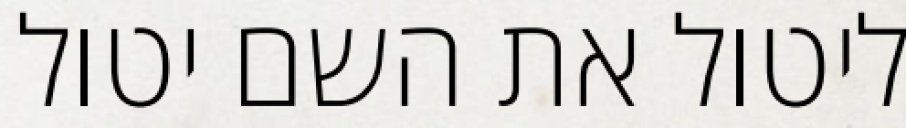
ליטול את השם יטול